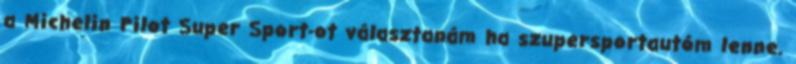
a Michelin Pilot Super Sport-ot választanám ha szupersportautóm lenne.